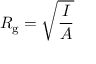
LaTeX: R _ { \mathrm { g } } = { \sqrt { \frac { I } { A } } }